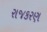
રાજકરણ